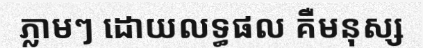
ភ្លាមៗ ដោយលទ្ធផល គឺមនុស្ស